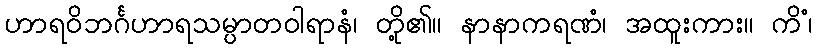
ဟာရဝိဘင်္ဂဟာရသမ္ပာတဝါရာနံ၊ တို့၏။ နာနာကရဏံ၊ အထူးကား။ ကိံ၊